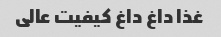
غذا داغ داغ کیفیت عالی